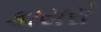
કાયરો